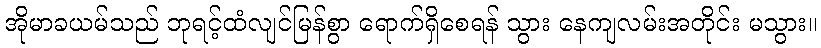
အိုမာခယမ်သည် ဘုရင့်ထံလျင်မြန်စွာ ရောက်ရှိစေရန် သွား နေကျလမ်းအတိုင်း မသွား။